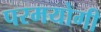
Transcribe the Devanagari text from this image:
परमयोगी